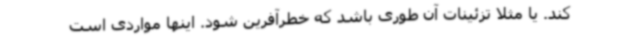
کند. یا مثلا تزئینات آن طوری باشد که خطرآفرین شود. اینها مواردی است